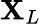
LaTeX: \mathbf{X}_{L}